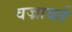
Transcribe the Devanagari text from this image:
वज्रावर्त